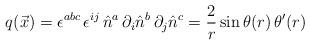
LaTeX: \begin{align*}q(\vec{x})=\epsilon ^{abc}\,\epsilon ^{ij}\, \hat{n}^{a}\, \partial_{i} \hat{n}^{b}\, \partial_{j} \hat{n}^{c}=\frac{2}{r} \sin \theta (r)\, \theta^{\prime}(r)\end{align*}